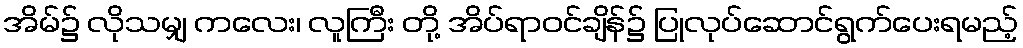
အိမ်၌ လိုသမျှ ကလေး၊ လူကြီး တို့ အိပ်ရာဝင်ချိန်၌ ပြုလုပ်ဆောင်ရွက်ပေးရမည့်